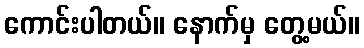
ကောင်းပါတယ်။ နောက်မှ တွေ့မယ်။